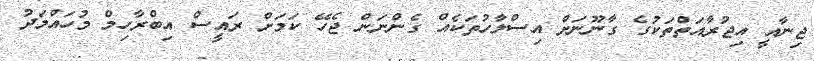
ޖިނާއީ އިޖުރާއަތްތަކުގެ ގާނޫނަށް އިސްލާހުތަކެއް ގެންނަން ޖެހޭ ކަމަށް ރައީސް އިބްރާހިމް މުހައްމަދު